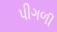
પીગળી